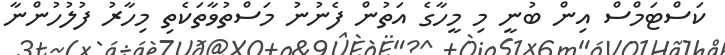
ކަސްޓަމްސް އިން ބުނީ މި މީހާގެ އަތުން ފެނުނު މަސްތުވާތަކެތި މިހާރު ފުލުހުންނާ